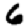
Digit: 6